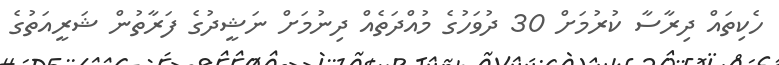
ހެކިތައް ދިރާސާ ކުރުމަށް 30 ދުވަހުގެ މުއްދަތެއް ދިނުމަށް ނަޝީދުގެ ފަރާތުން ޝަރީއަތުގެ